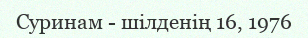
Суринам - шілденің 16, 1976